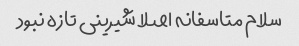
سلام متاسفانه اصلا شیرینی تازه نبود